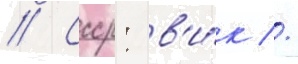
// Ссср: в'и́к //